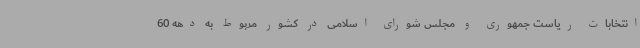
انتخابات ریاست جمهوری و مجلس شورای اسلامی در کشور مربوط به دهه 60